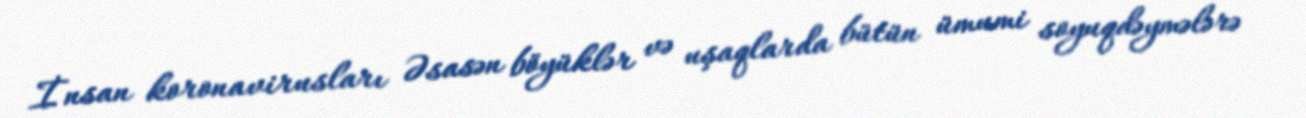
İnsan koronavirusları Əsasən böyüklər və uşaqlarda bütün ümumi soyuqdəymələrə